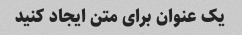
یک عنوان برای متن ایجاد کنید